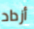
أزداد